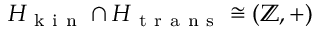
H _ { \mathrm { ~ k ~ i ~ n ~ } } \cap H _ { \mathrm { ~ t ~ r ~ a ~ n ~ s ~ } } \cong ( \mathbb { Z } , + )